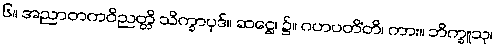
၆။ အညာတကဝိညတ္တိ သိက္ခာပုဒ်။ ဆဋ္ဌေ၊ ၌။ ဂဟပတိံတိ၊ ကား။ ဘိက္ခူသု၊